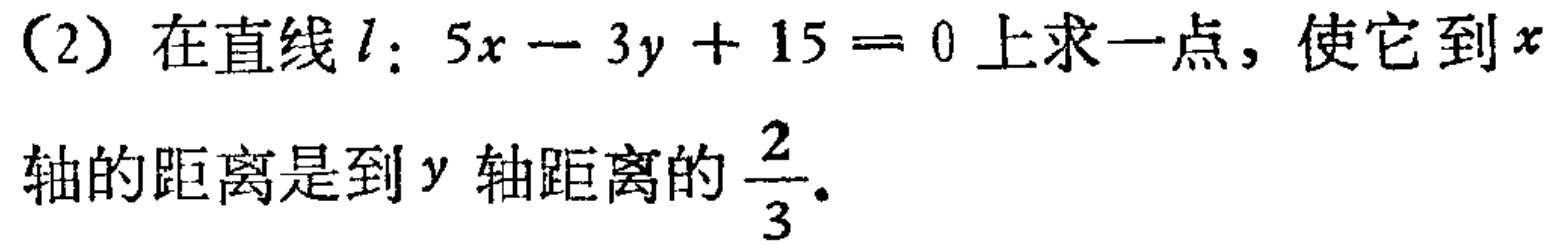
(2) 在直线\(l:5x - 3y + 15 = 0\)上求一点，使它到\(x\)轴的距离是到\(y\)轴距离的\(\frac{2}{3}\).